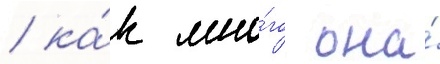
/ ка́к мно́го она́